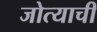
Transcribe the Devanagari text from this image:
जोत्याची